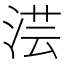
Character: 𣶽